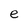
Character: e